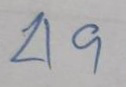
49